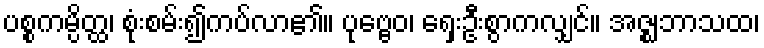
ပစ္စကမ္ပိတ္ထ၊ စုံးစမ်း၍ကပ်လာ၏။ ပုဗ္ဗေဝ၊ ရှေးဦးစွာကလျှင်။ အဇ္ဈဘာသထ၊